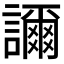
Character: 𧭉